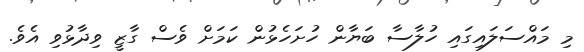
މި މައްސަލައިގައި ހުލާސާ ބަޔާން ހުށަހެޅުން ކަމަށް ވެސް ގާޒީ ވިދާޅުވި އެވެ.